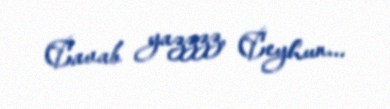
Cavab yazzzz, Ceyhun...